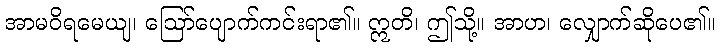
အာမဝိရမေယျ၊ ဩော်ပျောက်ကင်းရာ၏။ ဣတိ၊ ဤသို့။ အာဟ၊ လျှောက်ဆိုပေ၏။